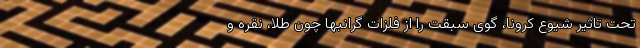
تحت تاثیر شیوع کرونا، گوی سبقت را از فلزات گرانبها چون طلا، نقره و